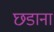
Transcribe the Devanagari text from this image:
छडाना